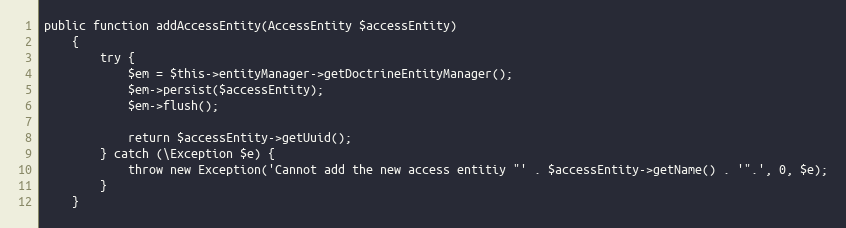
Language: PHP
public function addAccessEntity(AccessEntity $accessEntity)
    {
        try {
            $em = $this->entityManager->getDoctrineEntityManager();
            $em->persist($accessEntity);
            $em->flush();

            return $accessEntity->getUuid();
        } catch (\Exception $e) {
            throw new Exception('Cannot add the new access entitiy "' . $accessEntity->getName() . '".', 0, $e);
        }
    }